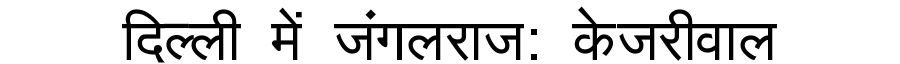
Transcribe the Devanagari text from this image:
दिल्ली में जंगलराज: केजरीवाल